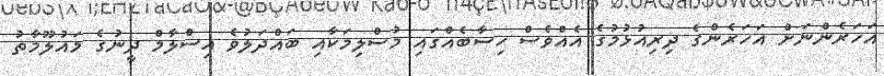
އަހަރެންނަށް އަހަރެންގެ ދިރިއުޅުމުގެ އެއްވެސް ހިސާބެއްގައި މުސްލިމަކާއި ބައްދަލުވެ އިސްލާމް ދީނުގެ މައުލޫމާތު